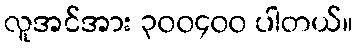
လူအင်အား ၃၀၀၄၀၀ ပါတယ်။